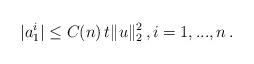
LaTeX: \begin{align*}|a_1^i|\leq C(n)\,t\|u\|_{2}^2\,,i=1,...,n\,.\end{align*}